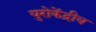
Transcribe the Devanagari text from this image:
युरोकेंद्रीय